Leningradi_Edasi_toimetus, lk 33
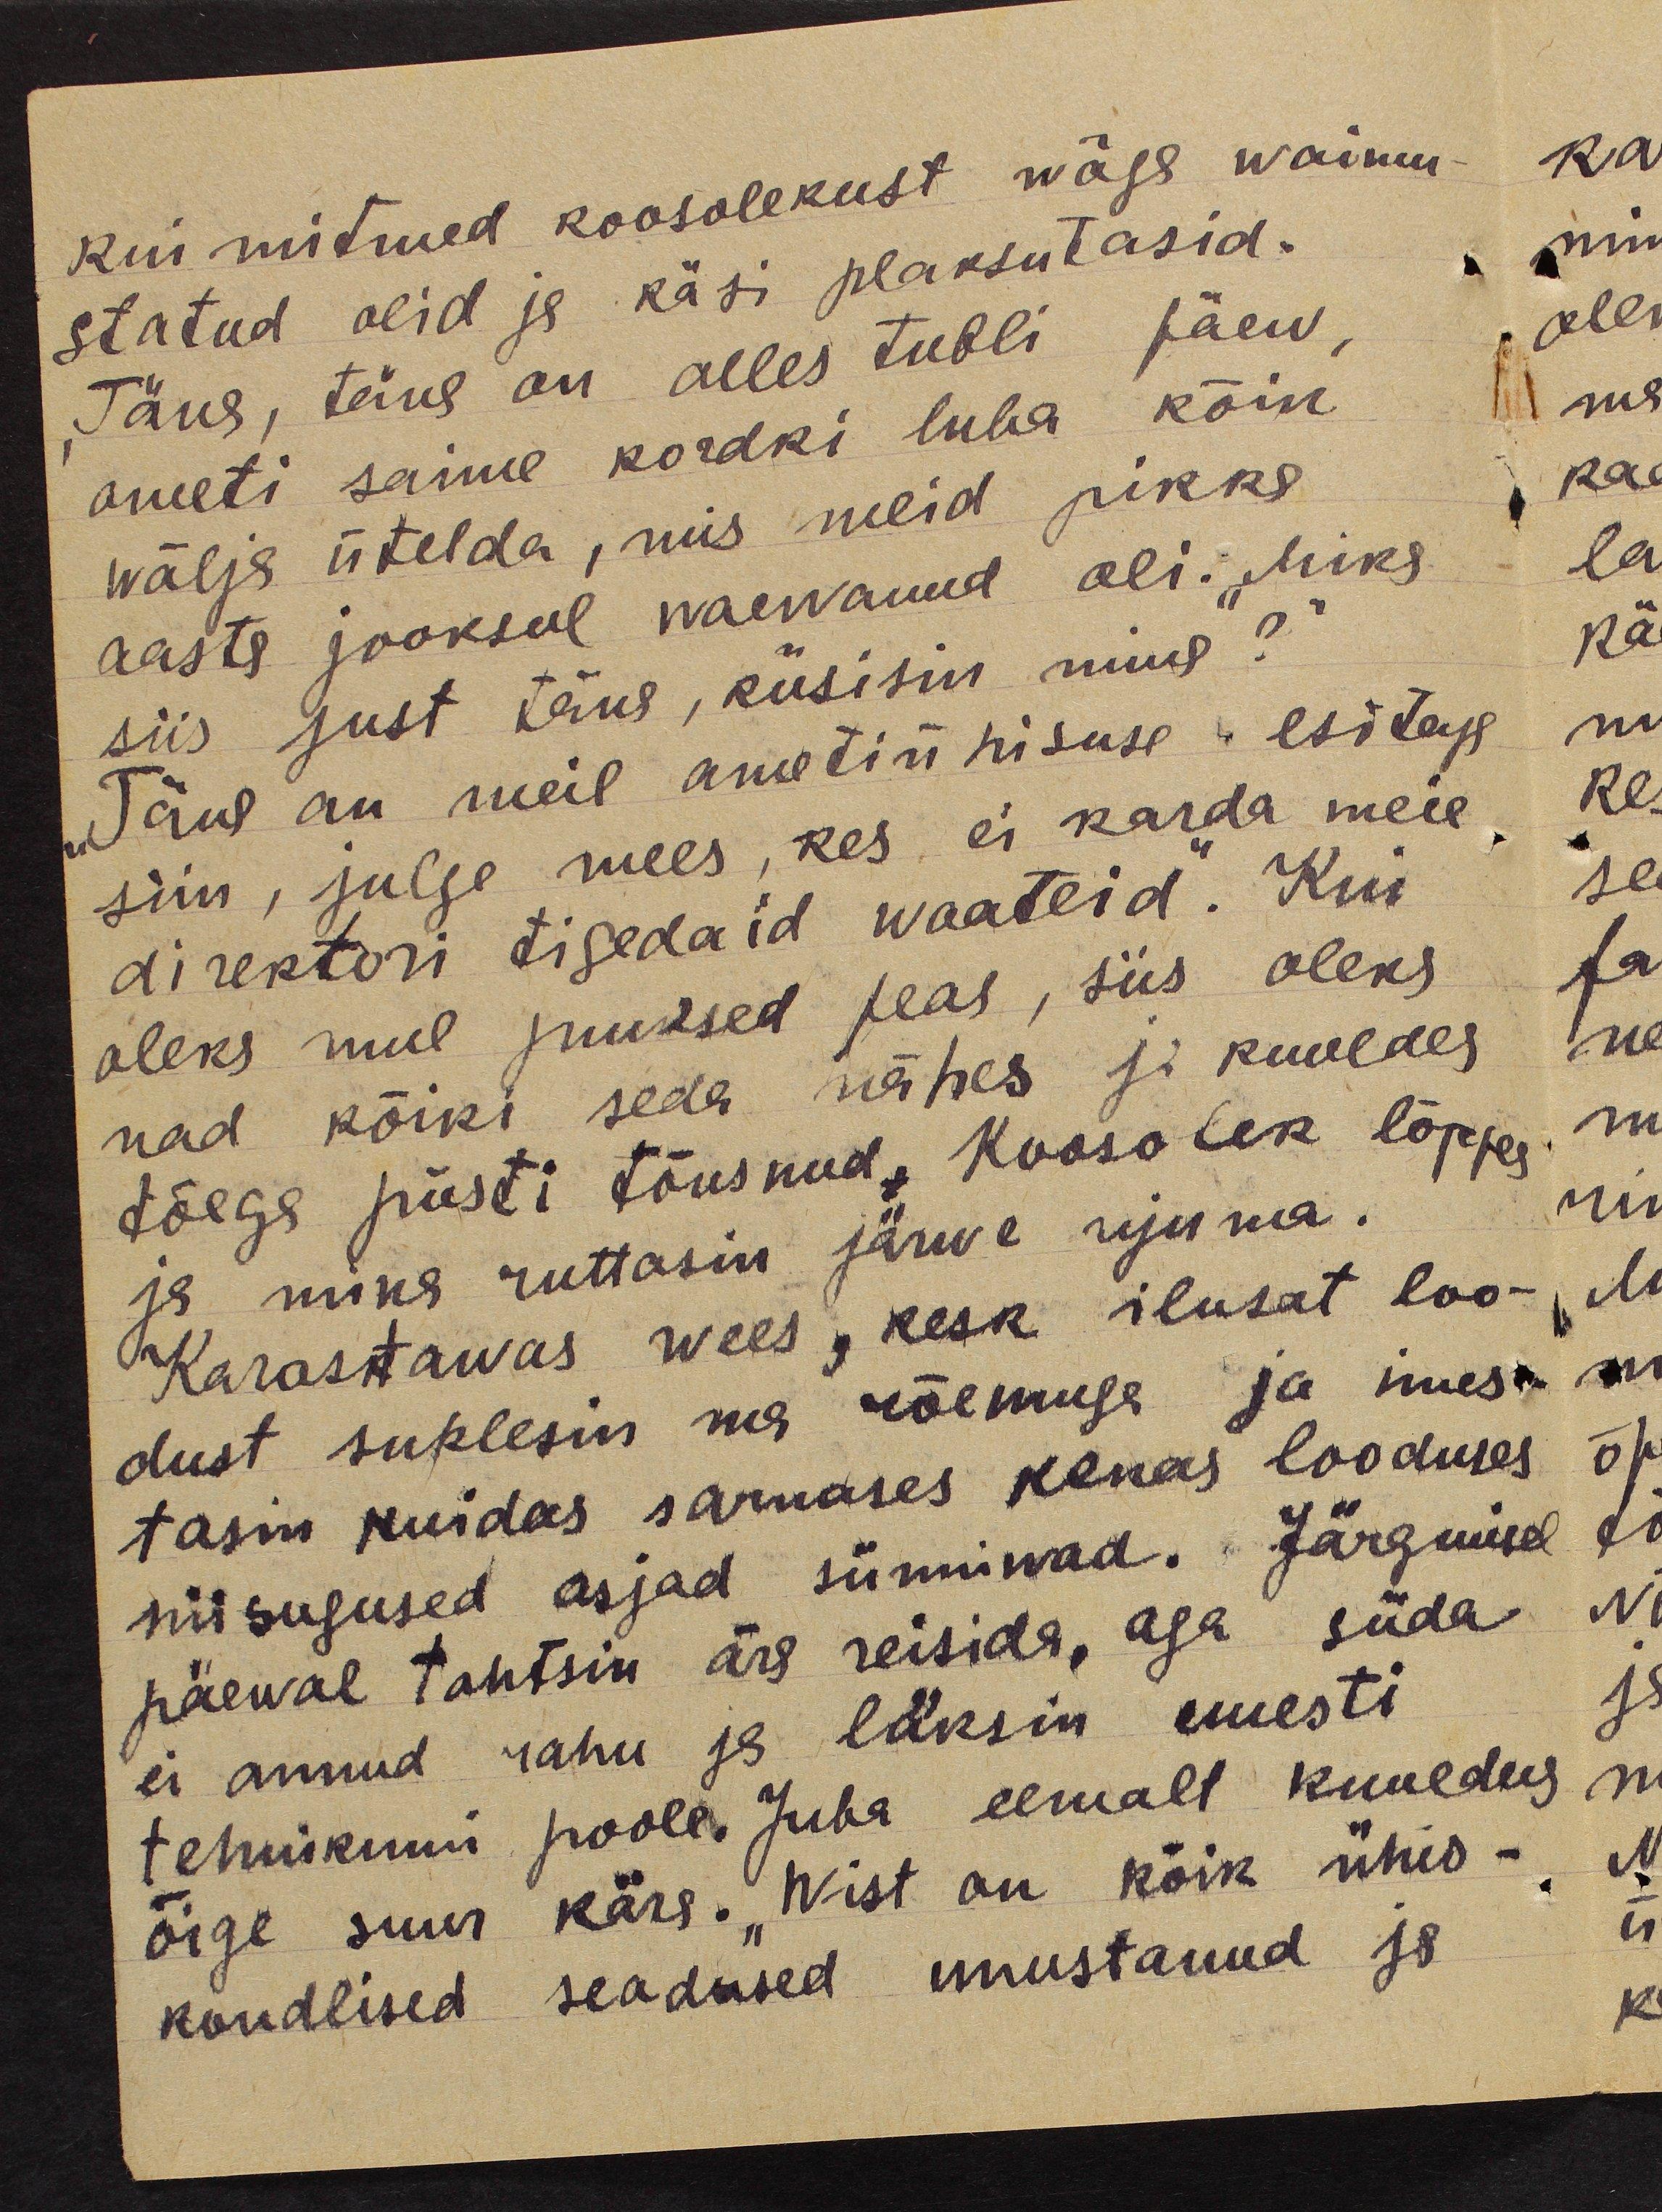
kui mitmed koosolekust wäga waimu-
statud olid ja käsi plaksutasid.
Täna, täna on alles tubli päew,
ometi saime kordki luba kõik
wälja ütelda, mis meid pikka
aasta jooksul waewanud oli. "Miks
siis just täna, küsisin mina?"
"Täna on meil ametiühisuse esitaja
siin, julge mees, kes ei karda meie
direktori tigedaid waateid". Kui
oleks mul juuksed peas, siis oleks
nad kõiki seda nähes ja kuuldes
tõega püsti tõusnud, Koosolek lõppes
ja mina ruttasin järwe ujuma.
Karastawas wees, kesk ilusat loo-
dust suplesin ma rõemuga ja imes-
tasin kuidas sarnases kenas looduses
niisugused asjad sünniwad. Järgmisel
päewal tahtsin ära reisida, aga süda
ei annud rahu ja läksin uuesti
tehnikumi poole. Juba eemalt kuuldus
õige suur kära. "Wist on kõik ühis-
kondlised seadused unustanud ja